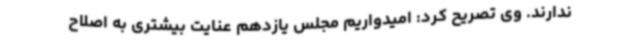
ندارند. وی تصریح کرد: امیدواریم مجلس یازدهم عنایت بیشتری به اصلاح